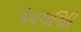
ધવલગિરિ